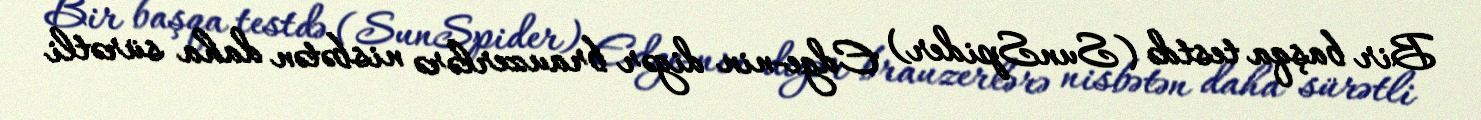
Bir başqa testdə (SunSpider) Edge-nin digər brauzerlərə nisbətən daha sürətli